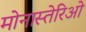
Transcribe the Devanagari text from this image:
मोनास्तेरिओ